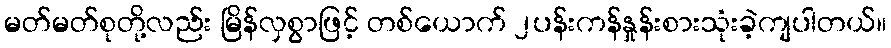
မတ်မတ်စုတို့လည်း မြိန်လှစွာဖြင့် တစ်ယောက် ၂ပန်းကန်နှုန်းစားသုံးခဲ့ကျပါတယ်။